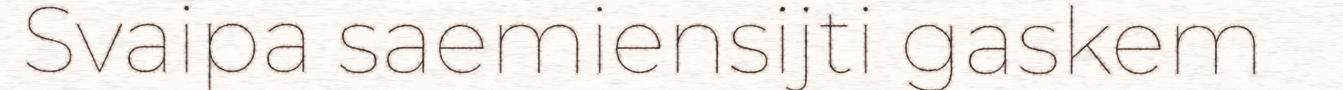
Svaipa saemiensijti gaskem